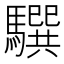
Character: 𩦖